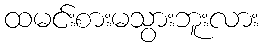
ထမင်းစားမသွားဘူးလား